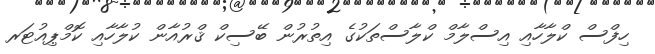
ހިފްސް ކްލާހާއި އިސްލާމް ކްލާސްތަކުގެ އިތުރުން ބޭސިކް ޤްރުއާން ކުލާހާއި ކޮމްޕިއުޓަރ